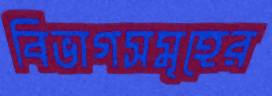
বিভাগসমূহের